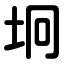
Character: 坰